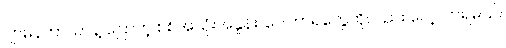
ဂျာမန်ဘာသာနဲ့ ပြောတဲ့ စစ်အသုံးအနှုန်း၊ ဝေါဟာရတွေကိုလည်း လေ့လာရမယ်။